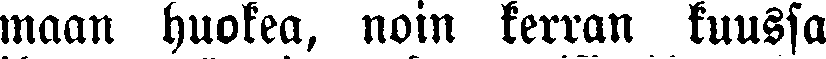
maan huokea, noin kerran kuussa